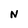
Character: N